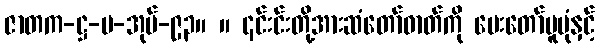
ဇာတက-ဋ္ဌ-ပ-အုပ်-၉၃။ ။ ၎င်းင်းတို့အားဆံတော်ဓာတ်ကို ပေးတော်မူပုံနှင့်